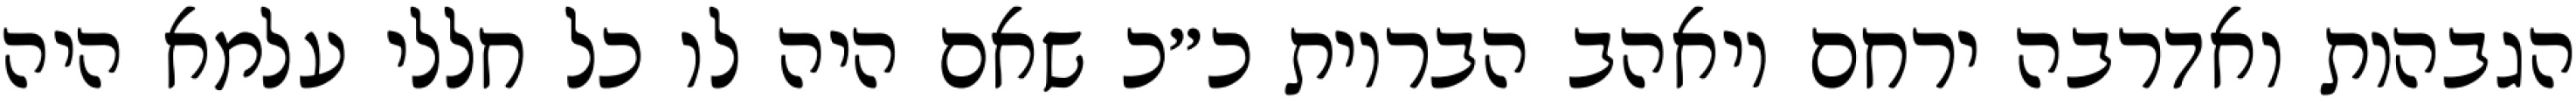
הגבהות ואדרבה ירחם ויאהב הבריות כ״כ שאם היה לו כל חללי עלמא היה